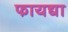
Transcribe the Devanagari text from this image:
फायद्या